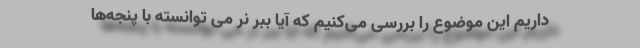
داریم این موضوع را بررسی می‌کنیم که آیا ببر نر می توانسته با پنجه‌ها